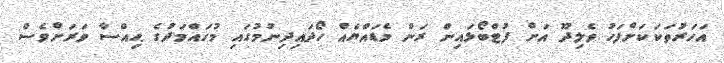
އަހަރުތަކަކަށްފަހު ވެލިދޫ އަށް ފުޓްބޯޅައިން ރަން މެޑައްޔެއް ހޯދައިދިނުމުގައި މުހައްމަދުގެ ޙިއްސާ ވަރަށްވެސް